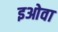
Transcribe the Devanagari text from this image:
इओवा